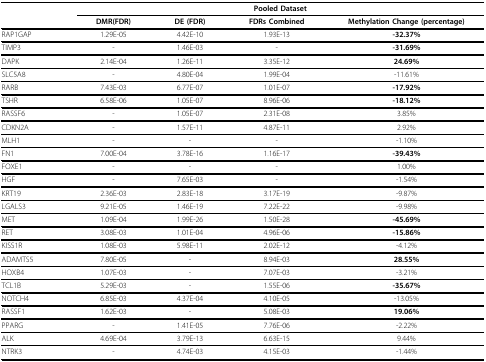
<table><thead><tr><td></td><td colspan="4"><b>Pooled Dataset</b></td></tr><tr><td></td><td><b>DMR(FDR)</b></td><td><b>DE (FDR)</b></td><td><b>FDRs Combined</b></td><td><b>Methylation Change (percentage)</b></td></tr></thead><tbody><tr><td>RAP1GAP</td><td>1.29E-05</td><td>4.42E-10</td><td>1.93E-13</td><td><b>-32.37%</b></td></tr><tr><td>TIMP3</td><td>-</td><td>1.46E-03</td><td>-</td><td><b>-31.69%</b></td></tr><tr><td>DAPK</td><td>2.14E-04</td><td>1.26E-11</td><td>3.35E-12</td><td><b>24.69%</b></td></tr><tr><td>SLC5A8</td><td>-</td><td>4.80E-04</td><td>1.99E-04</td><td>-11.61%</td></tr><tr><td>RARB</td><td>7.43E-03</td><td>6.77E-07</td><td>1.01E-07</td><td><b>-17.92%</b></td></tr><tr><td>TSHR</td><td>6.58E-06</td><td>1.05E-07</td><td>8.96E-06</td><td><b>-18.12%</b></td></tr><tr><td>RASSF6</td><td>-</td><td>1.05E-07</td><td>2.31E-08</td><td>3.85%</td></tr><tr><td>CDKN2A</td><td>-</td><td>1.57E-11</td><td>4.87E-11</td><td>2.92%</td></tr><tr><td>MLH1</td><td>-</td><td>-</td><td>-</td><td>-1.10%</td></tr><tr><td>FN1</td><td>7.00E-04</td><td>3.78E-16</td><td>1.16E-17</td><td><b>-39.43%</b></td></tr><tr><td>FOXE1</td><td>-</td><td>-</td><td>-</td><td>1.00%</td></tr><tr><td>HGF</td><td>-</td><td>7.65E-03</td><td>-</td><td>-1.54%</td></tr><tr><td>KRT19</td><td>2.36E-03</td><td>2.83E-18</td><td>3.17E-19</td><td>-9.87%</td></tr><tr><td>LGALS3</td><td>9.21E-05</td><td>1.46E-19</td><td>7.22E-22</td><td>-9.98%</td></tr><tr><td>MET</td><td>1.09E-04</td><td>1.99E-26</td><td>1.50E-28</td><td><b>-45.69%</b></td></tr><tr><td>RET</td><td>3.08E-03</td><td>1.01E-04</td><td>4.96E-06</td><td><b>-15.86%</b></td></tr><tr><td>KISS1R</td><td>1.08E-03</td><td>5.98E-11</td><td>2.02E-12</td><td>-4.12%</td></tr><tr><td>ADAMTS5</td><td>7.80E-05</td><td>-</td><td>8.94E-03</td><td><b>28.55%</b></td></tr><tr><td>HOXB4</td><td>1.07E-03</td><td>-</td><td>7.07E-03</td><td>-3.21%</td></tr><tr><td>TCL1B</td><td>5.29E-03</td><td>-</td><td>1.55E-06</td><td><b>-35.67%</b></td></tr><tr><td>NOTCH4</td><td>6.85E-03</td><td>4.37E-04</td><td>4.10E-05</td><td>-13.05%</td></tr><tr><td>RASSF1</td><td>1.62E-03</td><td>-</td><td>5.08E-03</td><td><b>19.06%</b></td></tr><tr><td>PPARG</td><td>-</td><td>1.41E-05</td><td>7.76E-06</td><td>-2.22%</td></tr><tr><td>ALK</td><td>4.69E-04</td><td>3.79E-13</td><td>6.63E-15</td><td>9.44%</td></tr><tr><td>NTRK3</td><td>-</td><td>4.74E-03</td><td>4.15E-03</td><td>-1.44%</td></tr></tbody></table>